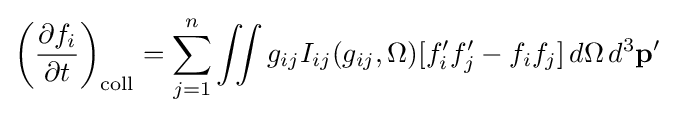
\left({\frac {\partial f_{i}}{\partial t}}\right)_{\mathrm {coll} }=\sum _{j=1}^{n}\iint g_{ij}I_{ij}(g_{ij},\Omega )[f'_{i}f'_{j}-f_{i}f_{j}]\,d\Omega \,d^{3}\mathbf {p'}